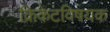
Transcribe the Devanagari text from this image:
क्रिकेटविषयक